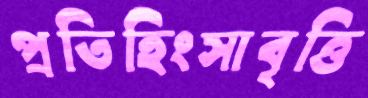
প্রতিহিংসাবৃত্তি